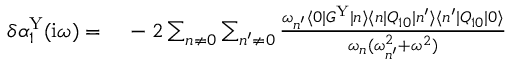
\begin{array} { r l } { \delta \alpha _ { 1 } ^ { \mathrm { Y } } ( \mathrm { i } \omega ) = \, } & { { } - 2 \sum _ { n \ne 0 } \sum _ { n ^ { \prime } \ne 0 } \frac { \omega _ { n ^ { \prime } } \langle 0 | G ^ { \mathrm { Y } } | n \rangle \langle n | Q _ { 1 0 } | n ^ { \prime } \rangle \langle n ^ { \prime } | Q _ { 1 0 } | 0 \rangle } { \omega _ { n } ( \omega _ { n ^ { \prime } } ^ { 2 } + \omega ^ { 2 } ) } } \end{array}